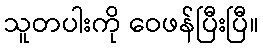
သူတပါးကို ဝေဖန်ပြီးပြီ။